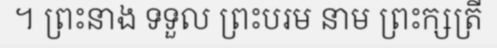
។ ព្រះនាង ទទួល ព្រះបរម នាម ព្រះក្សត្រី